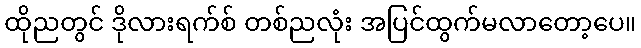
ထိုညတွင် ဒိုလားရက်စ် တစ်ညလုံး အပြင်ထွက်မလာတော့ပေ။